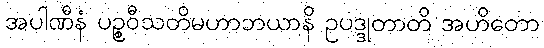
အပါဏီနံ ပဉ္စဝီသတိမဟာဘယာနိ ဥပဒ္ဒုတာတိ အဟိတော